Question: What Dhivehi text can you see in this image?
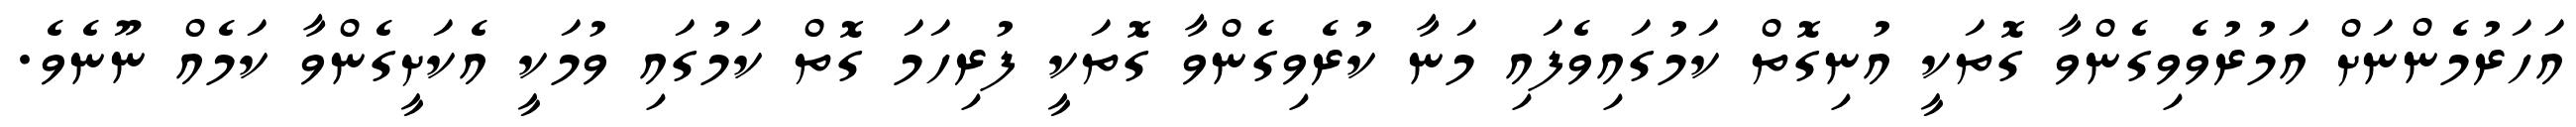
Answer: އަހަރުމެންނަށް އަމުރުވެވިގެންވާ ގޮތަކީ އުނިގޮތް ކަމުގައިވެފައި މަނާ ކުރެވިގެންވާ ގޮތަކީ ފުރިހަމަ ގޮތް ކަމުގައި ވުމަކީ އެކަށީގެންވާ ކަމެއް ނޫނެވެ.